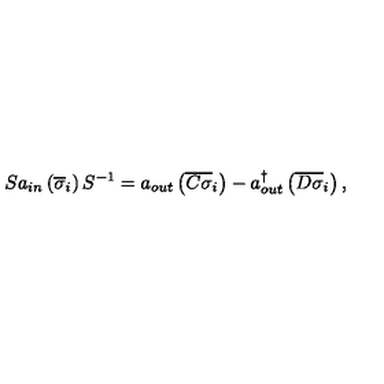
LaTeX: S a _ { i n } \left( \overline { { \sigma } } _ { i } \right) S ^ { - 1 } = a _ { o u t } \left( \overline { { C \sigma } } _ { i } \right) - a _ { o u t } ^ { \dagger } \left( \overline { { D \sigma } } _ { i } \right) ,